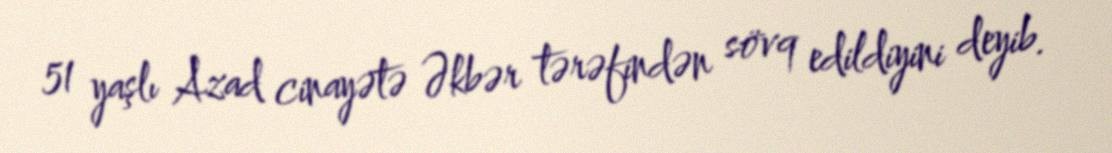
51 yaşlı Azad cinayətə Əkbər tərəfindən sövq edildiyini deyib.